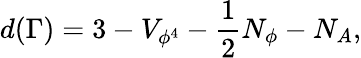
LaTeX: d(\Gamma)=3-V_{\phi^{4}}-\frac{1}{2}N_{\phi}-N_{A},